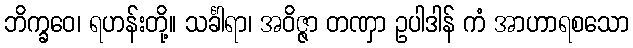
ဘိက္ခဝေ၊ ရဟန်းတို့။ သင်္ခါရာ၊ အဝိဇ္ဇာ တဏှာ ဥပါဒါန် ကံ အာဟာရစသော